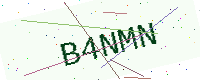
Text: B4NMN